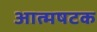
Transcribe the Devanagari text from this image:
आत्मषटक